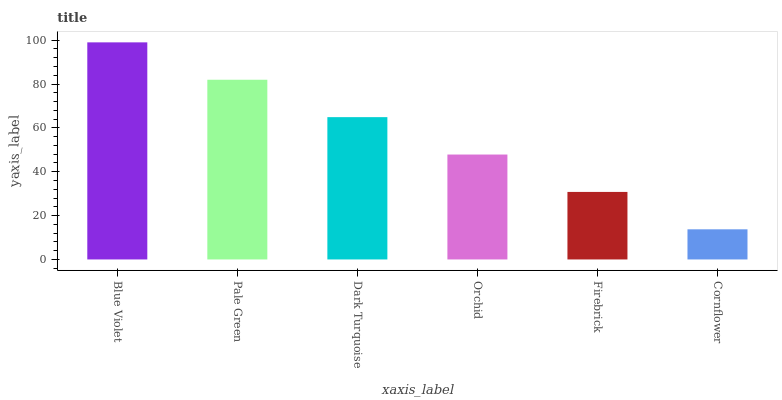
| xaxis_label | bars |
 | --- | --- |
 | Blue Violet | 99 |
 | Pale Green | 81.9 |
 | Dark Turquoise | 64.9 |
 | Orchid | 47.8 |
 | Firebrick | 30.8 |
 | Cornflower | 13.7 |